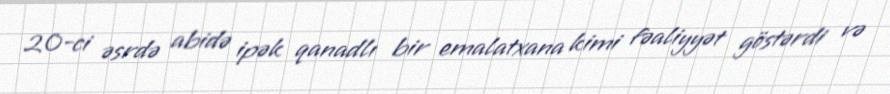
20-ci əsrdə abidə ipək qanadlı bir emalatxana kimi fəaliyyət göstərdi və